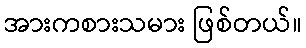
အားကစားသမား ဖြစ်တယ်။